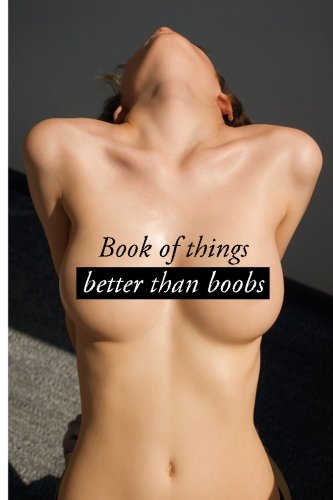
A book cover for Book of things better than boobs; Clint Thrust; Humor & Entertainment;